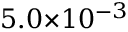
5 . 0 { \times } 1 0 ^ { - 3 }